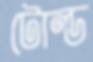
টোল্ড